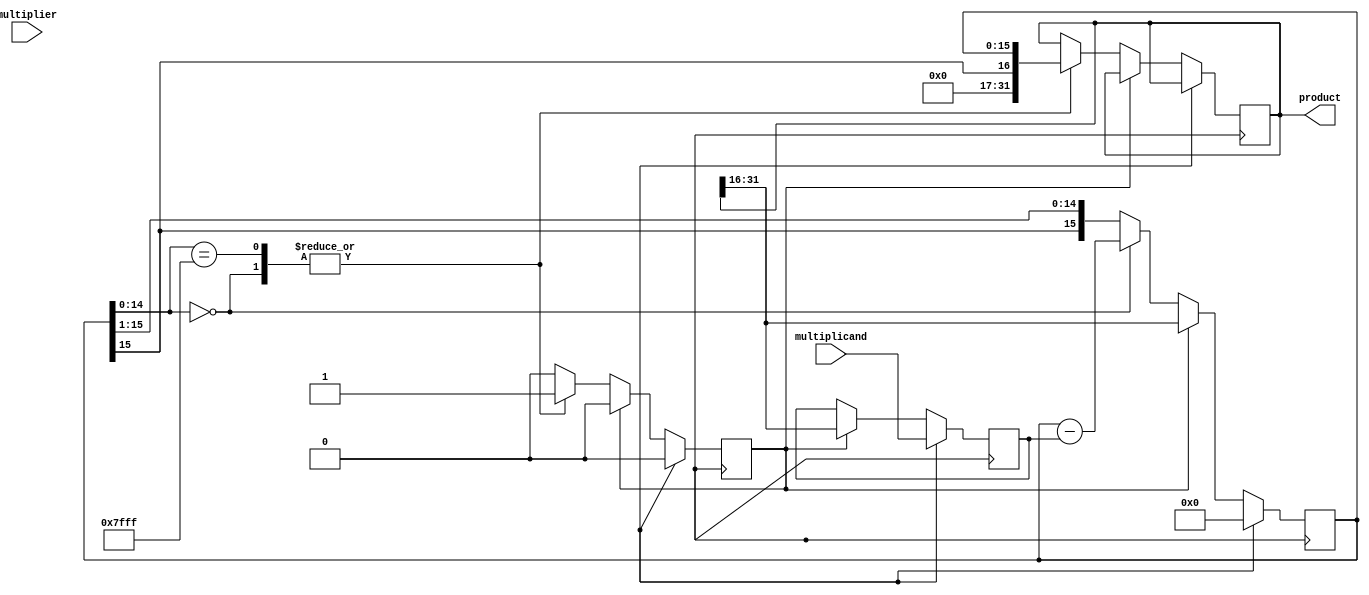
module booth_multiplier (
  input signed [15:0] multiplicand,
  input signed [15:0] multiplier,
  output signed [31:0] product
);

reg [15:0] A, S;
reg [4:0] count;
reg done;

always @ (posedge clk) begin
  if (reset) begin
    A <= 16'b0;
    S <= multiplicand;
    count <= 5'b00000;
    done <= 0;
  end else if (done) begin
    A <= {product[31], product[31:16]};
    S <= {product[31], product[31:16]};
    count <= 5'b00000;
    done <= 0;
  end else begin
    case ({A[0], multiplier[0]})
      2'b01: begin // A = A + S
        A <= A + S;
        count <= count - 1;
      end
      2'b10: begin // A = A - S
        A <= A - S;
        count <= count - 1;
      end
    endcase

    // shift
    A <= {A[15], A[15:1]};
    case (A[14:0])
      15'h7FFF: begin
        done <= 1;
        product = {A[15], A[15:0]};
      end
      15'h8000: begin
        done <= 1;
        product = {A[15], A[15:0]};
        A <= A - S; // restore A after shifting
      end
      default: begin end
    endcase
  end
end

endmodule